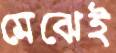
মেঝেই